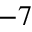
^ { - 7 }